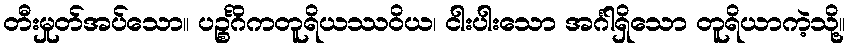
တီးမှုတ်အပ်သော။ ပဉ္စင်္ဂိကတူရိယဿဝိယ၊ ငါးပါးသော အင်္ဂါရှိသော တူရိယာကဲ့သို့။